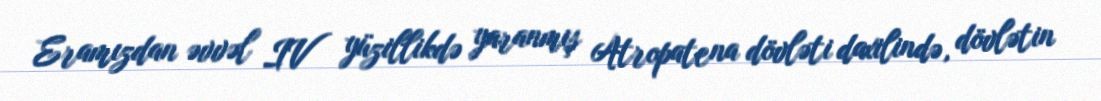
Eramızdan əvvəl IV yüzillikdə yaranmış Atropatena dövləti daxilində, dövlətin